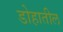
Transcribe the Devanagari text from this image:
डोहातील